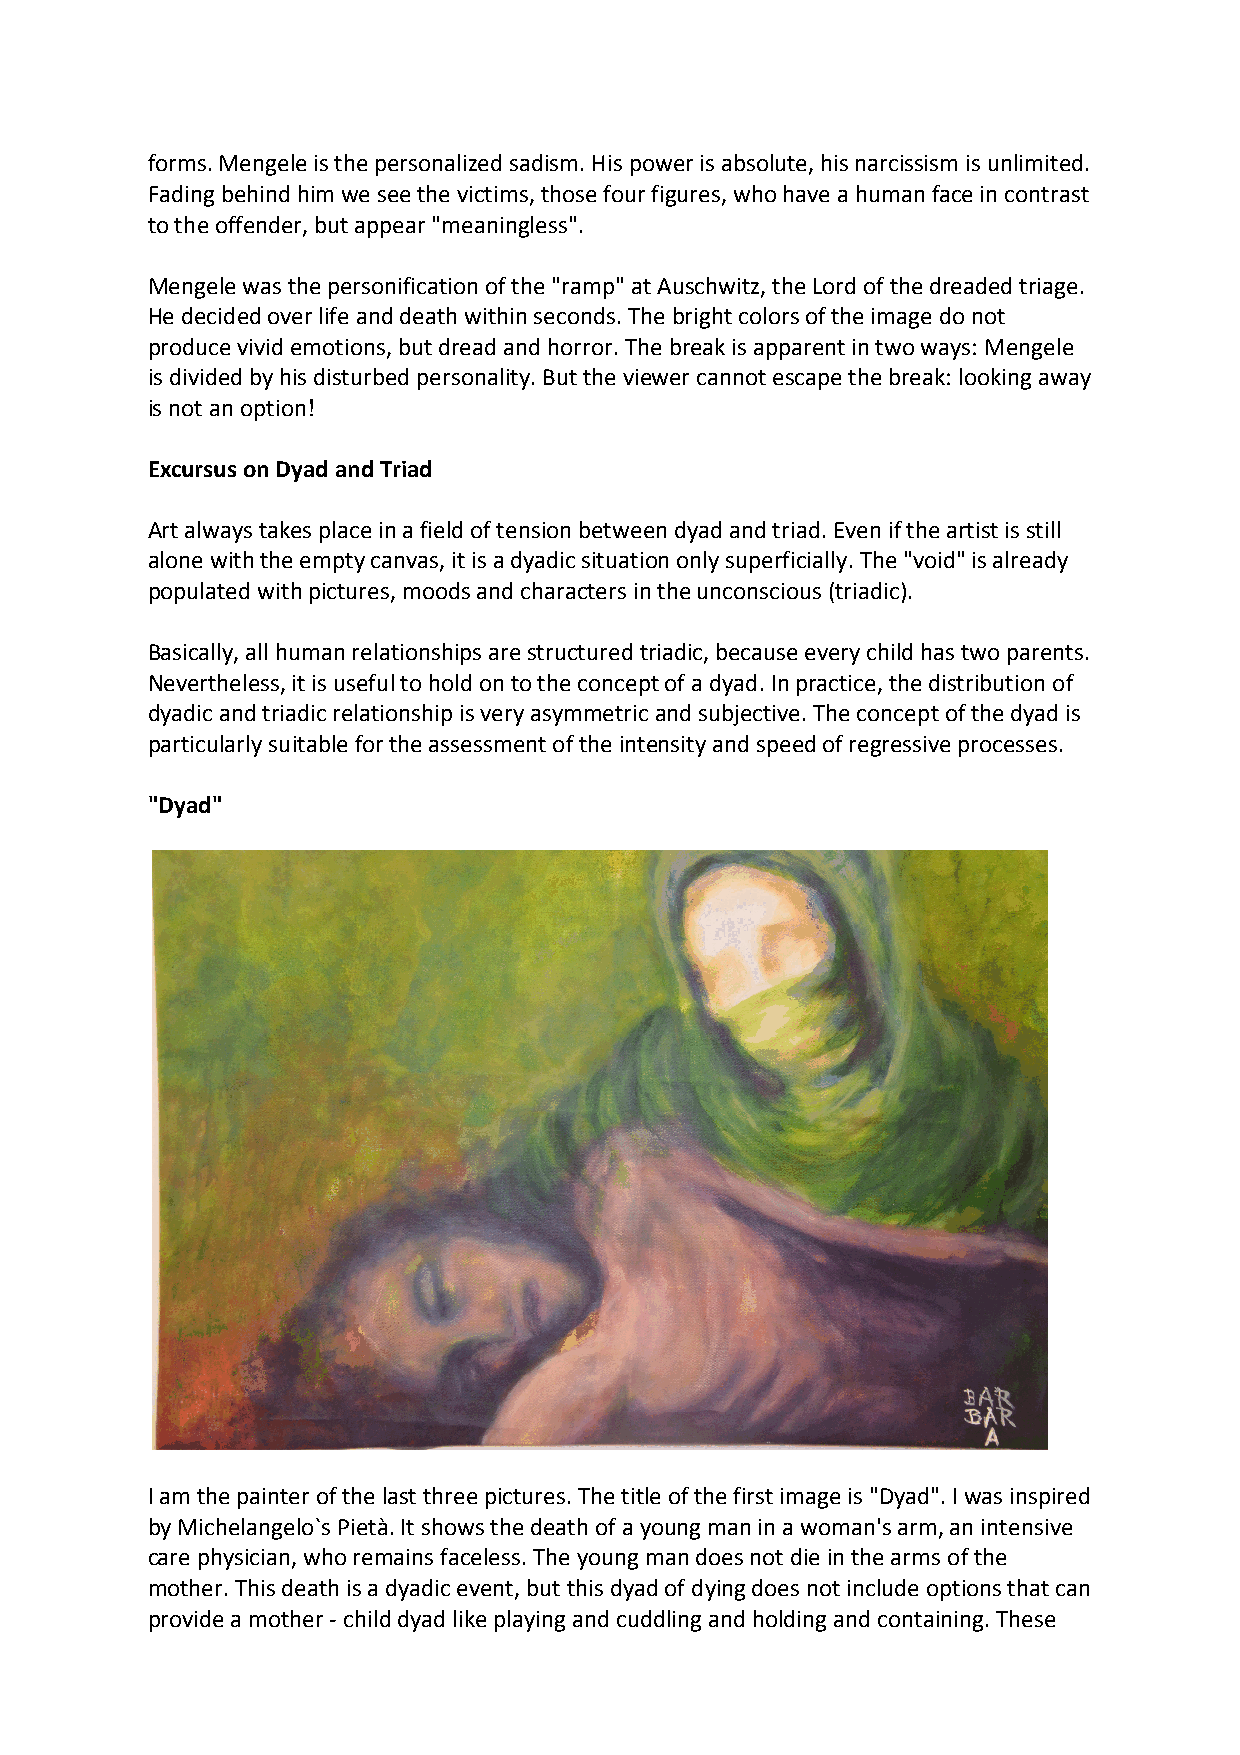
forms. Mengele is the personalized sadism. His power is absolute, his narcissism is unlimited.
 Fading behind him we see the victims, those four figures, who have a human face in contrast
 to the offender, but appear "meaningless".
 Mengele was the personification of the "ramp" at Auschwitz, the Lord of the dreaded triage.
 He decided over life and death within seconds. The bright colors of the image do not
 produce vivid emotions, but dread and horror. The break is apparent in two ways: Mengele
 is divided by his disturbed personality. But the viewer cannot escape the break: looking away
 is not an option!
 Excursus on Dyad and Triad
 Art always takes place in a field of tension between dyad and triad. Even if the artist is still
 alone with the empty canvas, it is a dyadic situation only superficially. The "void" is already
 populated with pictures, moods and characters in the unconscious (triadic).
 Basically, all human relationships are structured triadic, because every child has two parents.
 Nevertheless, it is useful to hold on to the concept of a dyad. In practice, the distribution of
 dyadic and triadic relationship is very asymmetric and subjective. The concept of the dyad is
 particularly suitable for the assessment of the intensity and speed of regressive processes.
 "Dyad"
 I am the painter of the last three pictures. The title of the first image is "Dyad". I was inspired
 by Michelangelo`s Pietà. It shows the death of a young man in a woman's arm, an intensive
 care physician, who remains faceless. The young man does not die in the arms of the
 mother. This death is a dyadic event, but this dyad of dying does not include options that can
 provide a mother - child dyad like playing and cuddling and holding and containing. These